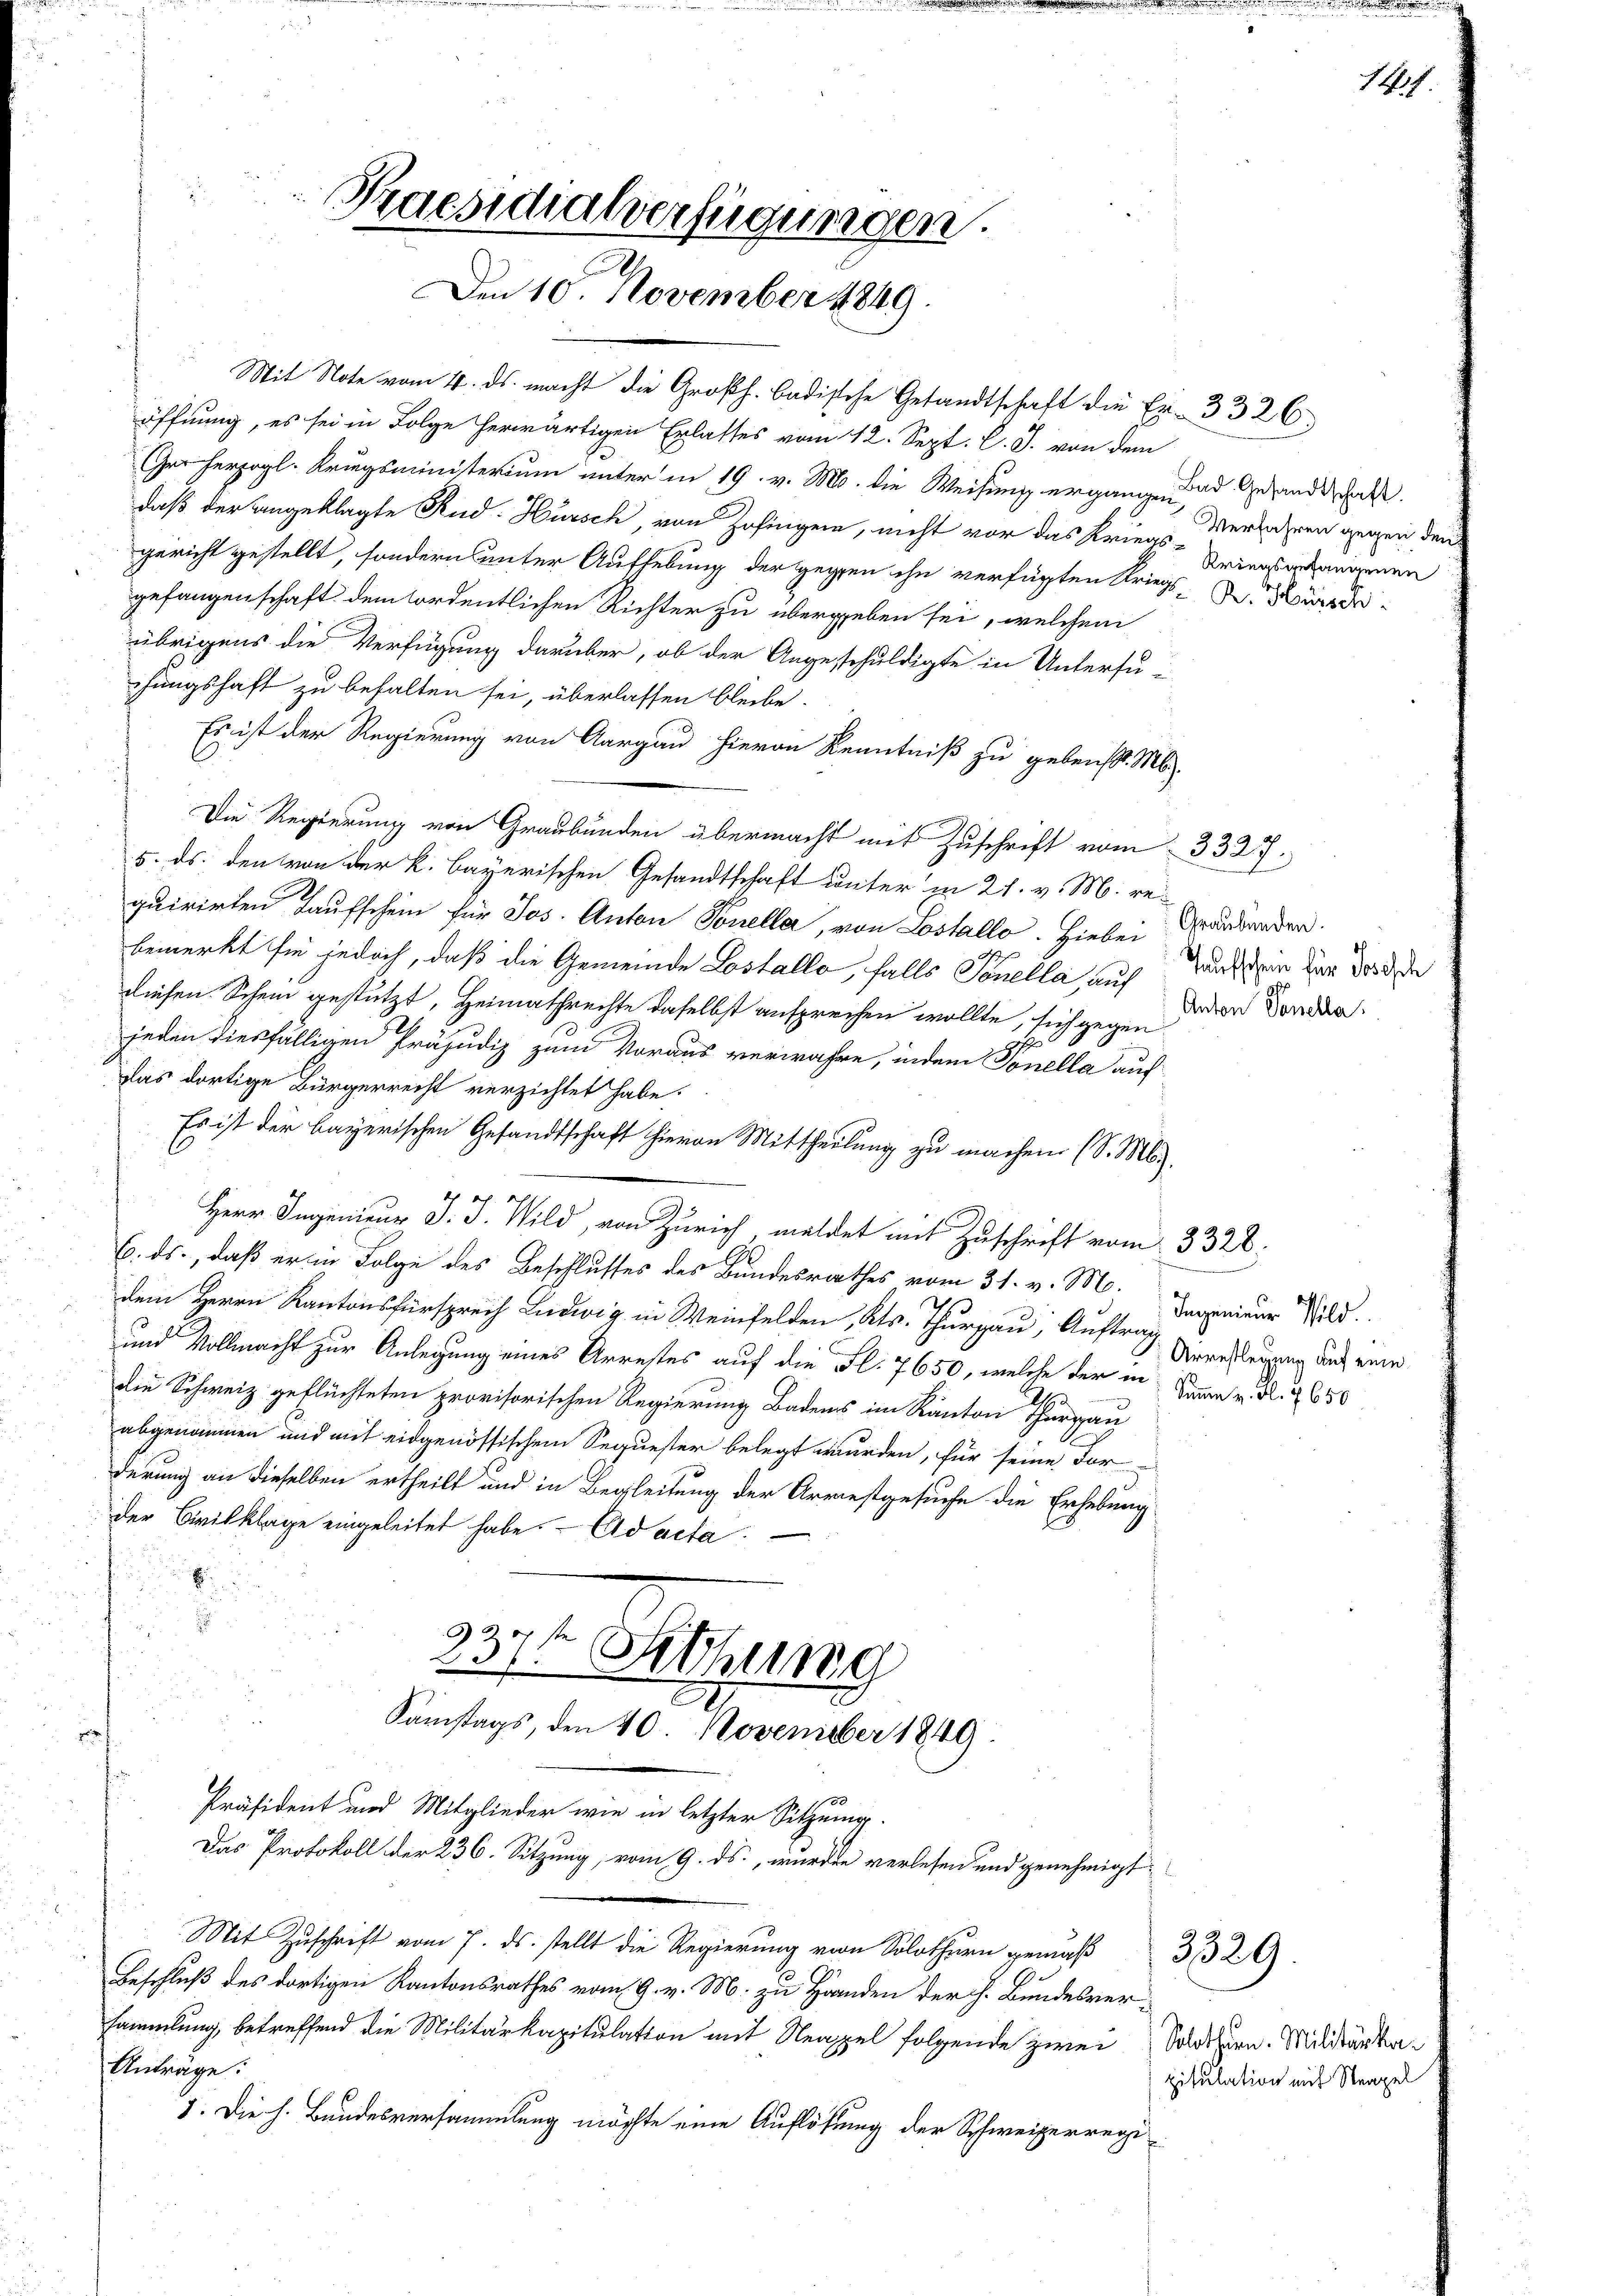
Praesidialverfügungen.
Den 10. November 1849.

Mit Note vom 4. ds. macht die Großh. badische Gesandtschaft die Er- 3326
öffnung, es sei in Folge herwärtigen Erlasses vom 12. Sept. l. J. von dem
Ger herzogl. Kriegsministerium unter in 19. v. M. die Weisung ergängen und Gesandtschaft
daß der angeklagte Rud. Hürsch, von Zofinger, nicht vor das Kriegsenderlangenen
gericht gestellt, sondern unter Aufhebung der gegen ihn verfügten Kriegs-S. Würde
gefangenschaft dem ordentlichen Richter zu übergeben sei, welchem
übrigens die Verfügung darüber, ob der Angeschuldigte in Untersu
chungshaft zu behalten sei, überlassen bleibe.
Er ist der Regierung von Aargau hievon Kenntniß zu gebens. M.
Die Regierung von Graubünden übermacht mit Zuschrift vom
5. ds. den von der k. bayerischen Gesandtschaft unter in 21. v. M. re
quirirten Taufschein für Jos. Anton Toneller, von Lostallo. Hiebei
bemerkt sie jedoch, daß die Gemeinde Lostallo, falls Tonella, auf
diesen Schein gestützt, Heimathrechte daselbst ansprechen wollte, sich gegen
jeden diesfälligen Präjudiz zum Voraus verwahre, indem Tonella auf
Das dortige Bürgerrecht verzichtet habe.
Es ist der bayerischen Gesandtschaft hievon Mittheilung zu machen. (S. M.
Herr Ingenieur J. J. Wild, von Zürich, meldet mit Zuschrift vom 3328.
6. ds., daß er in Folge des Beschlusses des Bundesrathes vom 31. v. M.
dem Herrn Kantor Weilen, Kts. Thurgau, Auftra
und Vollmacht zur Anlegung eines Arrestes auf die Fl. 7650, welche der in Sammen u. d. 2650
die Schweiz geflüchteten provisorischen Regierung Badens im Kanton Thurgau
abgenommen und mit eidgenössischem Sequester belegt wurden, für seine dor-
derung an dieselben ertheilt und in Begleitung der Arrestgesuche die Erhebung
der Civilklage eingeleitet habe. Ad acta
.
3
37t Sitzung
Samstags, den 40. November 1849.
Präsident und Mitglieder wie in letzter Sitzung.
Das Protokoll der 236. Sitzung, vom 9. ds., wurden verlesen und genehmigt
Mit Zuschrift vom 7. ds. stellt die Regierung von Solothurn gemäß
Beschluß des dortigen Kantonsrathes vom 9. v. M. zu Händen der h. Bundesversammlung, betreffend die Militärkapitulation mit Neapel folgende zwei Solothurn. Milderta¬
Anträge:
5. Die h. Bundesversammlung möchte eine Auflösung der Schweizerregi

Verfahren gegen den

9.

9.

3327.
Graubünden.
Taufschein für Josesch
Anton Sonella

Ingenieur Wild.
Arrestlegung auf eine

pitulation mit Neapel

3329.

141